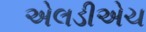
એલડીએચ